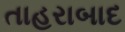
તાહરાબાદ